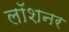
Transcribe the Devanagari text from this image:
लॉशनर